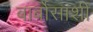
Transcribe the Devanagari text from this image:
बार्बोसाशी